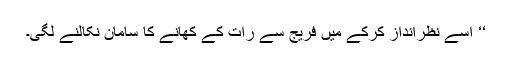
‘‘ اسے نظرانداز کرکے میں فریج سے رات کے کھانے کا سامان نکالنے لگی۔